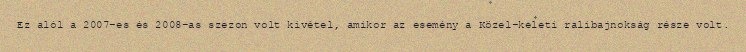
Ez alól a 2007-es és 2008-as szezon volt kivétel, amikor az esemény a Közel-keleti ralibajnokság része volt.